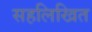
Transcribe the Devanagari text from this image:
सहलिखित